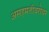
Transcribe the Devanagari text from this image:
असहमतीबरोबर